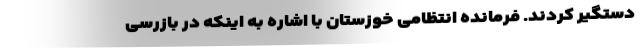
دستگیر کردند. فرمانده انتظامی خوزستان با اشاره به اینکه در بازرسی